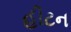
હીટન